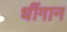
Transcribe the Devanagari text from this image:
धींगान